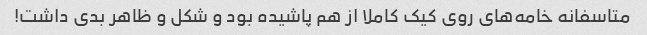
متاسفانه خامه‌های روی کیک کاملا از هم پاشیده بود و شکل و ظاهر بدی داشت!